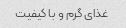
غذای گرم و با کیفیت